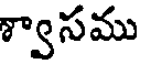
శ్వాసము